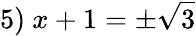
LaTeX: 5)\ x+1=\pm{\sqrt{3}}